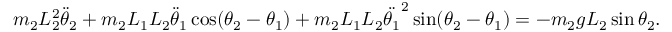
m _ { 2 } L _ { 2 } ^ { 2 } { \ddot { \theta } } _ { 2 } + m _ { 2 } L _ { 1 } L _ { 2 } { \ddot { \theta } } _ { 1 } \cos ( \theta _ { 2 } - \theta _ { 1 } ) + m _ { 2 } L _ { 1 } L _ { 2 } { \ddot { \theta _ { 1 } } } ^ { 2 } \sin ( \theta _ { 2 } - \theta _ { 1 } ) = - m _ { 2 } g L _ { 2 } \sin \theta _ { 2 } .